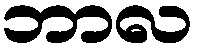
ဘာလ